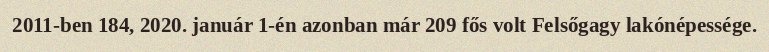
2011-ben 184, 2020. január 1-én azonban már 209 fős volt Felsőgagy lakónépessége.